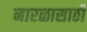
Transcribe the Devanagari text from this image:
नारळासाठी